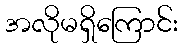
အလိုမရှိကြောင်း